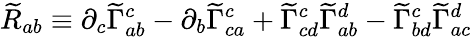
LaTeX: {\widetilde{R}}_{ab}\equiv\partial_{c}{\widetilde{\Gamma}}_{ab}^{c}-\partial_{b}{\widetilde{\Gamma}}_{ca}^{c}+{\widetilde{\Gamma}}_{cd}^{c}{\widetilde{\Gamma}}_{ab}^{d}-{\widetilde{\Gamma}}_{bd}^{c}{\widetilde{\Gamma}}_{ac}^{d}